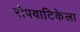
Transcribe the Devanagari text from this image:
रोपवाटिकेला